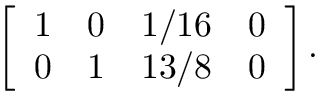
\left[ { \begin{array} { c c c c } { 1 } & { 0 } & { 1 / 1 6 } & { 0 } \\ { 0 } & { 1 } & { 1 3 / 8 } & { 0 } \end{array} } \right] .